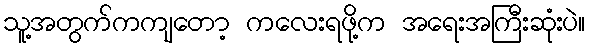
သူ့အတွက်ကကျတော့ ကလေးရဖို့က အရေးအကြီးဆုံးပဲ။